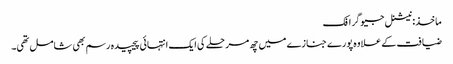
ماخذ: نیشنل جیوگرافک
ضیافت کے علاوہ پورے جنازے میں چھ مرحلے کی ایک انتہائی پیچیدہ رسم بھی شامل تھی۔